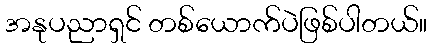
အနုပညာရှင် တစ်ယောက်ပဲဖြစ်ပါတယ်။